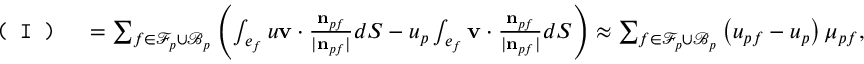
\begin{array} { r l } { \texttt { ( I ) } } & { = \sum _ { f \in \mathcal { F } _ { p } \cup \mathcal { B } _ { p } } \left( \int _ { e _ { f } } u \mathbf { v } \cdot \frac { \mathbf { n } _ { p f } } { | \mathbf { n } _ { p f } | } d S - u _ { p } \int _ { e _ { f } } \mathbf { v } \cdot \frac { \mathbf { n } _ { p f } } { | \mathbf { n } _ { p f } | } d S \right) \approx \sum _ { f \in \mathcal { F } _ { p } \cup \mathcal { B } _ { p } } \left( u _ { p f } - u _ { p } \right) \mu _ { p f } , } \end{array}